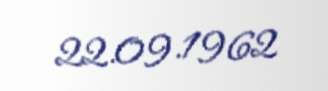
22.09.1962